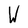
Character: W